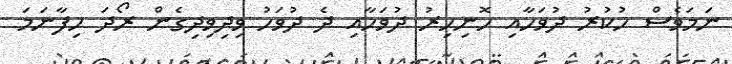
ނަމަވެސް ހުކުރު ދުވަހާއި ހޮނިހިރު ދުވަހާއި ދެ ދުވަހު ވިދިވިދިގެން ރޯދަ ހިފާނަމަ